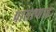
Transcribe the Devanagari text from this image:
पासाणाह